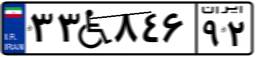
۳۳W۸۴۶۹۲